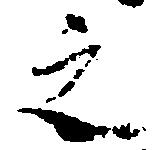
之